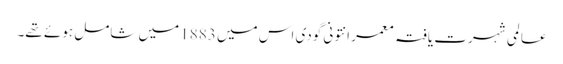
عا لمی شہرت یافتہ معمر انتونی گودی اس میں 1883 میں شامل ہوئے تھے۔